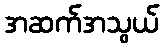
အဆက်အသွယ်